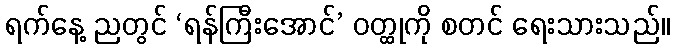
ရက်နေ့ ညတွင် ‘ရန်ကြီးအောင်’ ဝတ္ထုကို စတင် ရေးသားသည်။